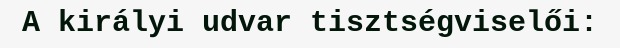
A királyi udvar tisztségviselői: